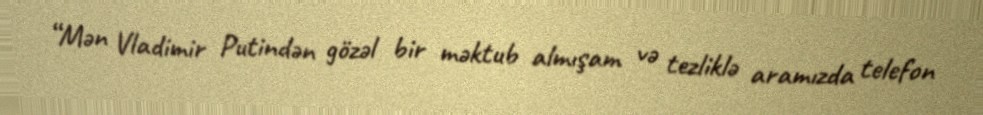
“Mən Vladimir Putindən gözəl bir məktub almışam və tezliklə aramızda telefon